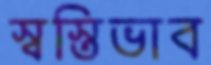
স্বস্তিভাব